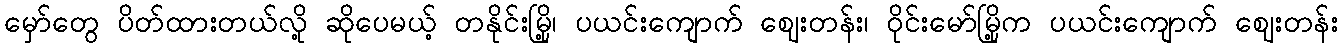
မှော်တွေ ပိတ်ထားတယ်လို့ ဆိုပေမယ့် တနိုင်းမြို့၊ ပယင်းကျောက် ဈေးတန်း၊ ဝိုင်းမော်မြို့က ပယင်းကျောက် ဈေးတန်း